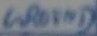
Text: GROUND